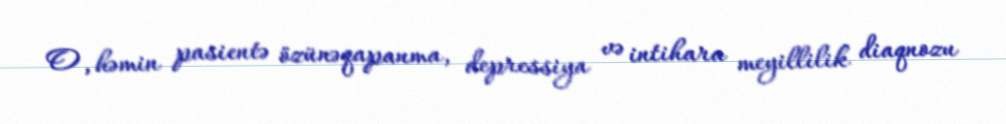
O, həmin pasientə özünəqapanma, depressiya və intihara meyillilik diaqnozu